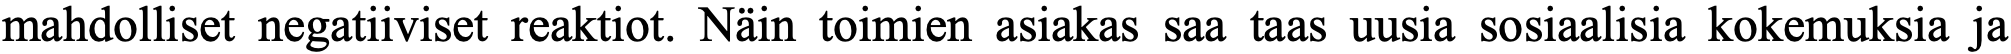
mahdolliset negatiiviset reaktiot. Näin toimien asiakas saa taas uusia sosiaalisia kokemuksia ja